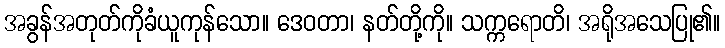
အခွန်အတုတ်ကိုခံယူကုန်သော။ ဒေဝတာ၊ နတ်တို့ကို။ သက္ကရောတိ၊ အရိုအသေပြု၏။